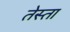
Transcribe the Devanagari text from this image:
तेस्ता